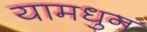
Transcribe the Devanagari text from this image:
यामधुन